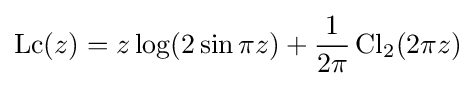
\operatorname {Lc} (z)=z\log(2\sin \pi z)+{\frac {1}{2\pi }}\operatorname {Cl} _{2}(2\pi z)